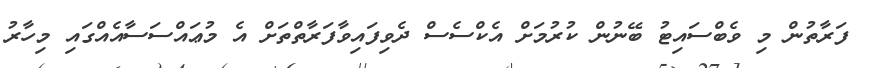
ފަރާތުން މި ވެބްސައިޓު ބޭނުން ކުރުމަށް އެކްސެސް ދެވިފައިވާފަރާތްތަށް އެ މުޢައްސަސާއެއްގައި މިހާރު